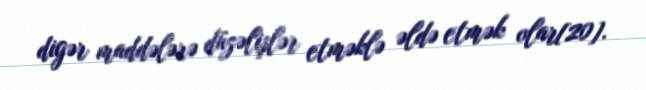
digər maddələrə düzəlişlər etməklə əldə etmək olar[20].